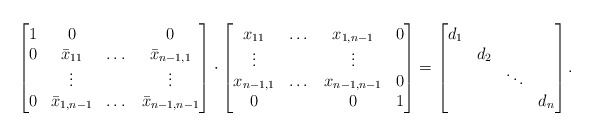
\begin{align*}\begin{bmatrix}1 & 0 & & 0 \\0 & \bar x_{11} & \dots & \bar x_{n-1,1} \\ & \vdots & & \vdots \\0 & \bar x_{1,n-1} & \dots & \bar x_{n-1,n-1}\end{bmatrix}\cdot\begin{bmatrix}x_{11} & \dots & x_{1,n-1} & 0\\\vdots & & \vdots & \\x_{n-1,1} & \dots & x_{n-1,n-1} & 0\\0 & & 0 & 1\\\end{bmatrix}=\begin{bmatrix}d_1 & & & \\ & d_2 & & \\ & & \ddots & \\ & & & d_n\end{bmatrix}.\end{align*}